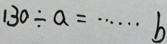
1 3 0 \div a = \cdots b